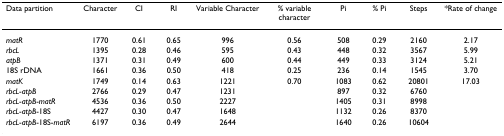
<table><thead><tr><td><b>Data partition</b></td><td><b>Character</b></td><td><b>CI</b></td><td><b>RI</b></td><td><b>Variable Character</b></td><td><b>% variable character</b></td><td><b>Pi</b></td><td><b>% Pi</b></td><td><b>Steps</b></td><td><b>*Rate of change</b></td></tr></thead><tbody><tr><td><i>matR</i></td><td>1770</td><td>0.61</td><td>0.65</td><td>996</td><td>0.56</td><td>508</td><td>0.29</td><td>2160</td><td>2.17</td></tr><tr><td><i>rbcL</i></td><td>1395</td><td>0.28</td><td>0.46</td><td>595</td><td>0.43</td><td>448</td><td>0.32</td><td>3567</td><td>5.99</td></tr><tr><td><i>atpB</i></td><td>1371</td><td>0.31</td><td>0.49</td><td>600</td><td>0.44</td><td>449</td><td>0.33</td><td>3124</td><td>5.21</td></tr><tr><td>18S rDNA</td><td>1661</td><td>0.36</td><td>0.50</td><td>418</td><td>0.25</td><td>236</td><td>0.14</td><td>1545</td><td>3.70</td></tr><tr><td><i>matK</i></td><td>1749</td><td>0.14</td><td>0.63</td><td>1221</td><td>0.70</td><td>1083</td><td>0.62</td><td>20801</td><td>17.03</td></tr><tr><td><i>rbcL</i>-<i>atpB</i></td><td>2766</td><td>0.29</td><td>0.47</td><td>1231</td><td></td><td>897</td><td>0.32</td><td>6760</td><td></td></tr><tr><td><i>rbcL</i>-<i>atpB</i>-<i>matR</i></td><td>4536</td><td>0.36</td><td>0.50</td><td>2227</td><td></td><td>1405</td><td>0.31</td><td>8998</td><td></td></tr><tr><td><i>rbcL</i>-<i>atpB</i>-18S</td><td>4427</td><td>0.30</td><td>0.47</td><td>1648</td><td></td><td>1132</td><td>0.26</td><td>8370</td><td></td></tr><tr><td><i>rbcL</i>-<i>atpB</i>-18S-<i>matR</i></td><td>6197</td><td>0.36</td><td>0.49</td><td>2644</td><td></td><td>1640</td><td>0.26</td><td>10604</td><td></td></tr></tbody></table>